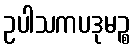
ဥပါသကပဒုမဉ္စ